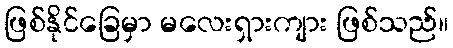
ဖြစ်နိုင်ခြေမှာ မလေးရှားကျား ဖြစ်သည်။